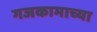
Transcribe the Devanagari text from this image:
गजकामाच्या